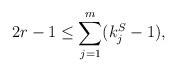
LaTeX: \begin{align*}2r-1 \leq \sum_{j=1}^m (k_j^S-1),\end{align*}